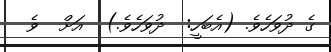
ގެ ދުވަހެވެ. (އެބަހީ:  ދުވަހެވެ.)  އަށް  ވެ